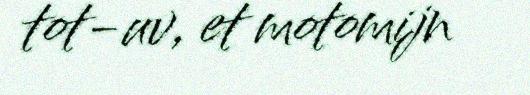
tot-uv, et motomijn